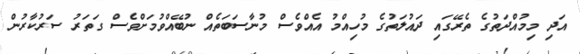
އަދި މިމުއްދަތުގެ ތެރޭގައި ދައުލަތުގެ މުހިއްމު އެއްވެސް މުނާސަބަތެއް ނުބޭއްވުމަށްވެސް ގަތަރު ސަރުކާރުން